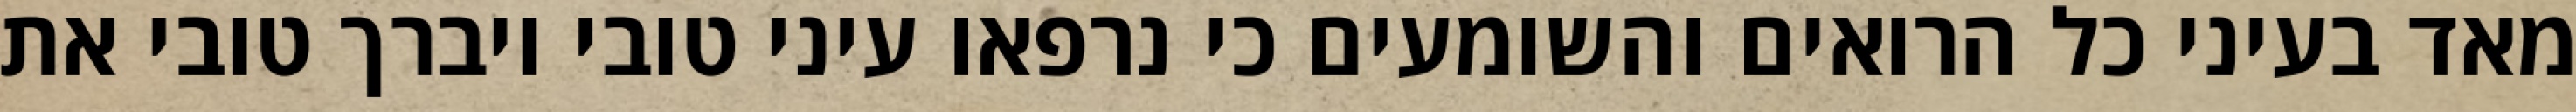
מאד בעיני כל הרואים והשומעים כי נרפאו עיני טובי ויברך טובי את